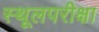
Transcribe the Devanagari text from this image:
स्थूलपरीक्षा